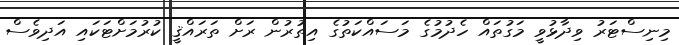
މިނިސްޓަރު ވިދާޅުވީ މަގުތައް ހެދުމުގެ މަސައްކަތުގެ އިތުރުން ރަށް ތަރައްޤީ ކުރުމަށްޓަކައި އަދިވެސް